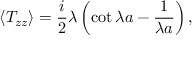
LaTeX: \langle T _ { z z } \rangle = { \frac { i } { 2 } } \lambda \left( \cot \lambda a - { \frac { 1 } { \lambda a } } \right) ,